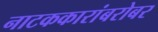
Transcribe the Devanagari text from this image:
नाटककारांबरोबर